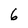
Character: 6